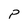
Character: p